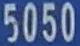
5050